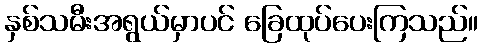
နှစ်သမီးအရွယ်မှာပင် ခြေထုပ်ပေးကြသည်။